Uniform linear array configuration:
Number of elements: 12
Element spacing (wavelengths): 0.75
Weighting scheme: exponential
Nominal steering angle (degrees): -30
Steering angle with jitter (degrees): -28.754
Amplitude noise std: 0.05
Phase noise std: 0.05

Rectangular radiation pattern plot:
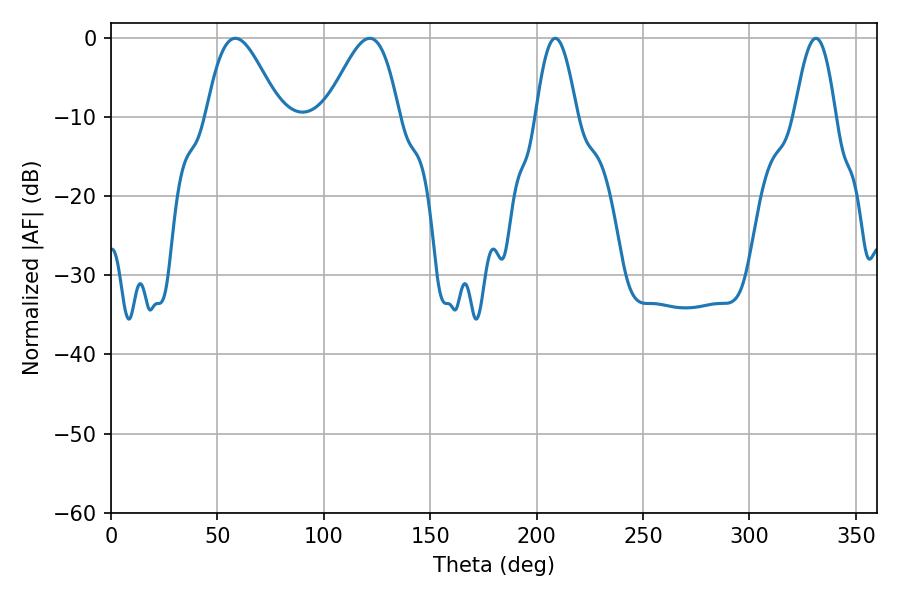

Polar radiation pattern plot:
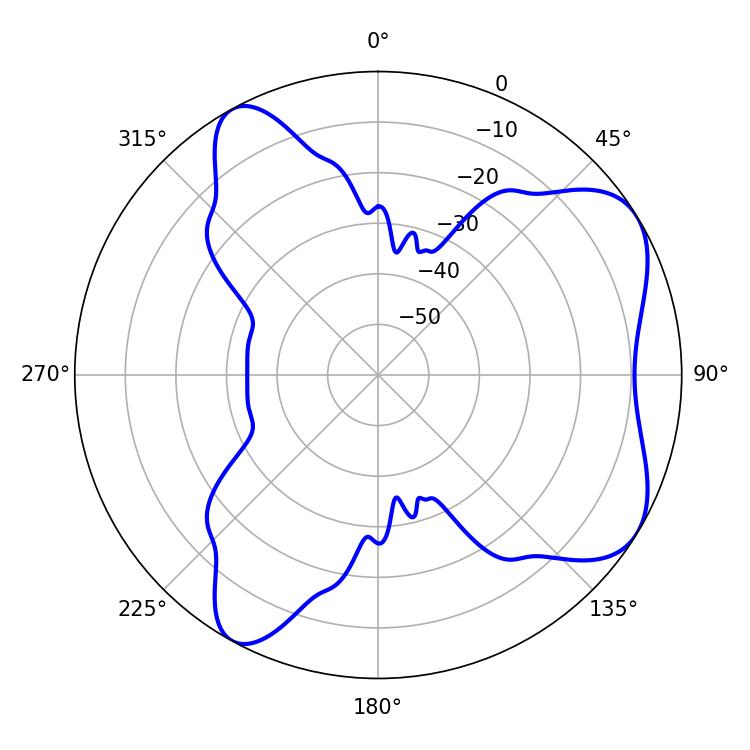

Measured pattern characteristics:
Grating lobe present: TRUE
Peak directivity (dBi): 6.49
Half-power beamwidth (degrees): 10.44
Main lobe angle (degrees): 208.8